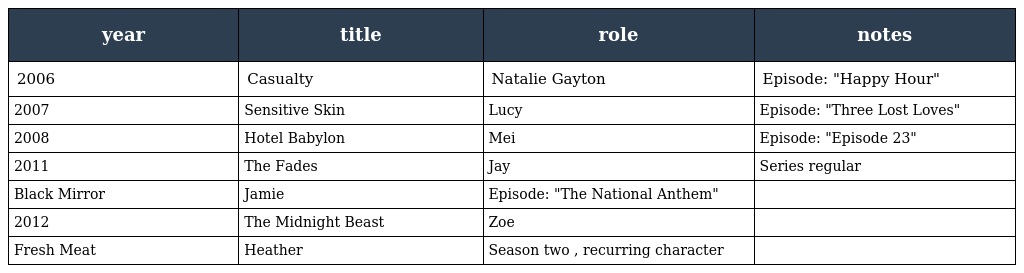
| year | title | role | notes |
 | --- | --- | --- | --- |
 | 2006 | Casualty | Natalie Gayton | Episode: "Happy Hour" |
 | 2007 | Sensitive Skin | Lucy | Episode: "Three Lost Loves" |
 | 2008 | Hotel Babylon | Mei | Episode: "Episode 23" |
 | 2011 | The Fades | Jay | Series regular |
 | Black Mirror | Jamie | Episode: "The National Anthem" |  |
 | 2012 | The Midnight Beast | Zoe |  |
 | Fresh Meat | Heather | Season two , recurring character |  |